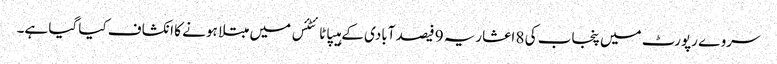
سروے رپورٹ میں پنجاب کی 8 اعشاریہ 9 فیصد آبادی کے ہیپاٹائٹئس میں مبتلا ہونے کا انکشاف کیا گیا ہے۔